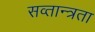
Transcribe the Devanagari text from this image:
सव्तान्त्रता